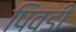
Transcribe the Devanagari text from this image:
पिवडी